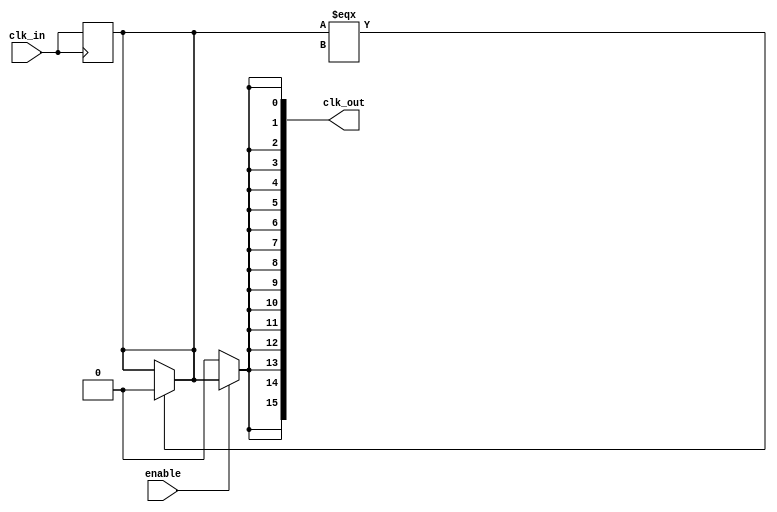
module high_fanout_clock_buffer (
    input wire clk_in,               // Clock input
    input wire enable,               // Enable signal for the buffer
    output wire [NUM_OUTPUTS-1:0] clk_out // Clock outputs
);

parameter NUM_OUTPUTS = 16;         // Number of outputs
parameter DRIVE_STRENGTH = 2;       // Drive strength (can be adjusted)

// Internal signals
wire buffered_clk;

// Input synchronization (optional)
reg clk_sync;
always @(posedge clk_in) begin
    clk_sync <= clk_in; // Simple synchronization, can be enhanced
end

// Buffering stage: cascading buffers
generate
    genvar i;
    for (i = 0; i < NUM_OUTPUTS; i = i + 1) begin: buffer_stage
        if (i == 0) begin
            // First buffer stage
            assign buffered_clk = clk_sync;
        end else begin
            // Subsequent buffer stages
            assign buffered_clk = (buffered_clk === 1'bx) ? 1'b0 : buffered_clk; // Handling unknown states
        end
        
        // Output driver for each output
        assign clk_out[i] = (enable) ? buffered_clk : 1'b0; // Tri-state behavior based on enable
    end
endgenerate

endmodule